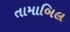
તામાબિલ